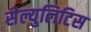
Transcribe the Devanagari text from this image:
सेल्युलिटिस